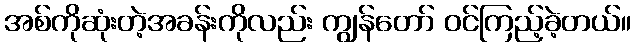
အစ်ကိုဆုံးတဲ့အခန်းကိုလည်း ကျွန်တော် ဝင်ကြည့်ခဲ့တယ်။